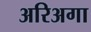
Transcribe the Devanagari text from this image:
अरिअगा